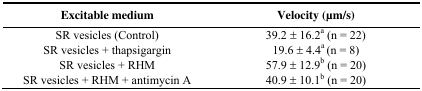
<table><thead><tr><td><b>Excitable medium</b></td><td><b>Velocity (μm/s)</b></td></tr></thead><tbody><tr><td>SR vesicles (Control)</td><td>39.2 ± 16.2<sup>a</sup> (n = 22)</td></tr><tr><td>SR vesicles + thapsigargin</td><td>19.6 ± 4.4<sup>a</sup> (n = 8)</td></tr><tr><td>SR vesicles + RHM</td><td>57.9 ± 12.9<sup>b</sup> (n = 20)</td></tr><tr><td>SR vesicles + RHM + antimycin A</td><td>40.9 ± 10.1<sup>b</sup> (n = 20)</td></tr></tbody></table>